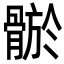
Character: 𩩦